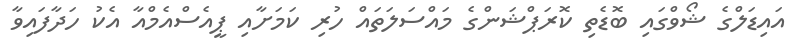
އައިޑަލްގެ ޝޯވްގައި ބޮޑެތި ކޮރަޕްޝަންގެ މައްސަލަތައް ހުރި ކަމަށާއި ޕީއެސްއެމްއާ އެކު ހަދާފައިވާ